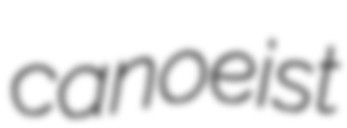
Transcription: canoeist